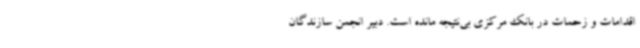
اقدامات و زحمات در بانک مرکزی بی‌نتیجه مانده است. دبیر انجمن سازندگان